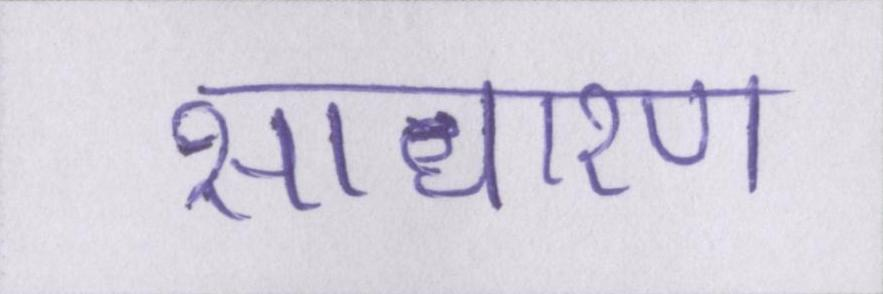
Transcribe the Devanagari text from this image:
साधारण